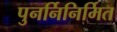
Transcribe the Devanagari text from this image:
पुनर्निनिर्मित